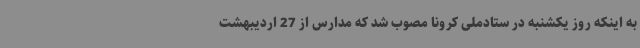
به اینکه روز یکشنبه در ستادملی کرونا مصوب شد که مدارس از 27 اردیبهشت